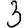
Digit: 3